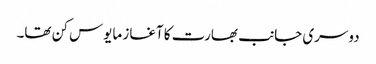
دوسری جانب بھارت کا آغاز مایوس کن تھا۔